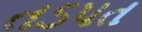
તડપત